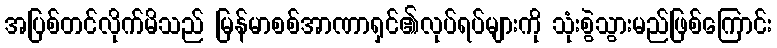
အပြစ်တင်လိုက်မိသည် မြန်မာစစ်အာဏာရှင်၏လုပ်ရပ်များကို သုံးစွဲသွားမည်ဖြစ်ကြောင်း